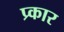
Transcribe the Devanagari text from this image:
प्र्कार